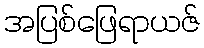
အပြစ်ဖြေရာယဇ်